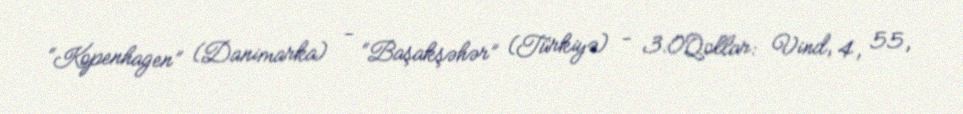
“Kopenhagen” (Danimarka) - “Başakşəhər” (Türkiyə) - 3:0Qollar: Vind, 4, 55,